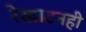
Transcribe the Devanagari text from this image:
रेखाटनही